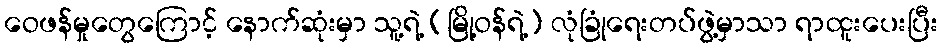
ဝေဖန်မှုတွေကြောင့် နောက်ဆုံးမှာ သူ့ရဲ့ (မြို့ဝန်ရဲ့) လုံခြုံရေးတပ်ဖွဲ့မှာသာ ရာထူးပေးပြီး